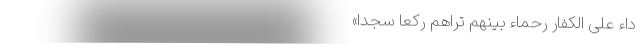
ِدّاءُ عَلَی الکُفّارِ رُحَماءُ بَینَهُم تَراهُم رُکَّعًا سُجَّدًا»